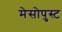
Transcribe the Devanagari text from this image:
मेसोपुस्ट